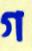
গ